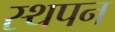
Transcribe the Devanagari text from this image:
स्थपन